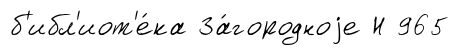
б'ибл'иот'е́ка За́городноjе Н 965